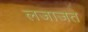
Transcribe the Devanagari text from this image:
लजाजत